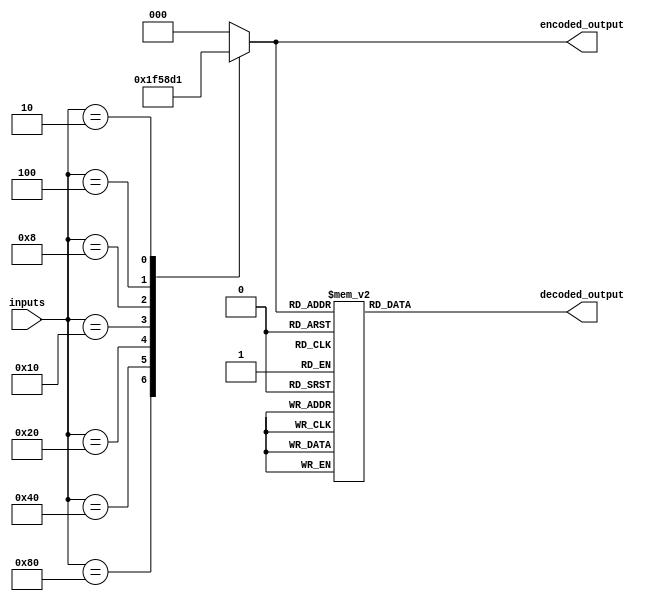
module priority_encoder_decoder (
    input [7:0] inputs,
    output reg [2:0] encoded_output,
    output reg [7:0] decoded_output
);

always @ (inputs) begin
    case (inputs)
        8'b10000000: encoded_output = 3'b111; // Highest priority input
        8'b01000000: encoded_output = 3'b110;
        8'b00100000: encoded_output = 3'b101;
        8'b00010000: encoded_output = 3'b100;
        8'b00001000: encoded_output = 3'b011;
        8'b00000100: encoded_output = 3'b010;
        8'b00000010: encoded_output = 3'b001;
        8'b00000001: encoded_output = 3'b000; // Lowest priority input
        default: encoded_output = 3'b000; // Default to lowest priority input
    endcase
end

always @ (encoded_output) begin
    case (encoded_output)
        3'b111: decoded_output = 8'b10000000;
        3'b110: decoded_output = 8'b01000000;
        3'b101: decoded_output = 8'b00100000;
        3'b100: decoded_output = 8'b00010000;
        3'b011: decoded_output = 8'b00001000;
        3'b010: decoded_output = 8'b00000100;
        3'b001: decoded_output = 8'b00000010;
        3'b000: decoded_output = 8'b00000001;
        default: decoded_output = 8'b00000000;
    endcase
end

endmodule